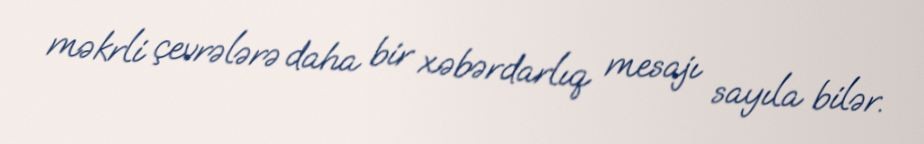
məkrli çevrələrə daha bir xəbərdarlıq mesajı sayıla bilər.